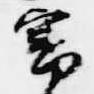
審